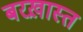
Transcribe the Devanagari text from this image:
बरख़ास्त